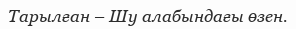
Тарылған – Шу алабындағы өзен.